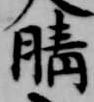
晴